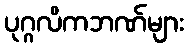
ပုဂ္ဂလိကဘဏ်များ